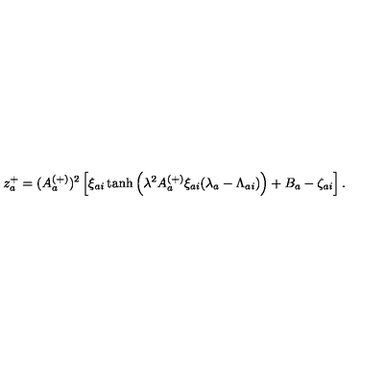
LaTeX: z _ { a } ^ { + } = ( A _ { a } ^ { ( + ) } ) ^ { 2 } \left[ \xi _ { a i } \tanh \left( \lambda ^ { 2 } A _ { a } ^ { ( + ) } \xi _ { a i } ( \lambda _ { a } - \Lambda _ { a i } ) \right) + B _ { a } - \zeta _ { a i } \right] .